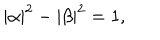
\left| \alpha \right| ^ { 2 } - \left| \beta \right| ^ { 2 } = 1 ,